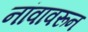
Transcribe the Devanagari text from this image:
नांवावरून